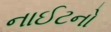
નાઈટનો